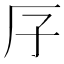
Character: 𠨯